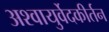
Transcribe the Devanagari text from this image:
अश्वायुर्वेदकीर्तन